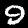
Digit: 9